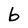
Character: b